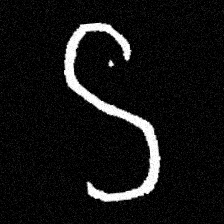
Pyu character \u2014 Myanmar letter: ဌ (romanized: ttha)